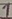
Text: 1